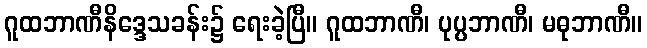
ဂူထဘာဏီနိဒ္ဒေသခန်း၌ ရေးခဲ့ပြီ။ ဂူထဘာဏီ၊ ပုပ္ပဘာဏီ၊ မဓုဘာဏီ။